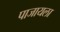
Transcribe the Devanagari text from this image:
पाजायला